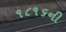
૧૮૧૬ની